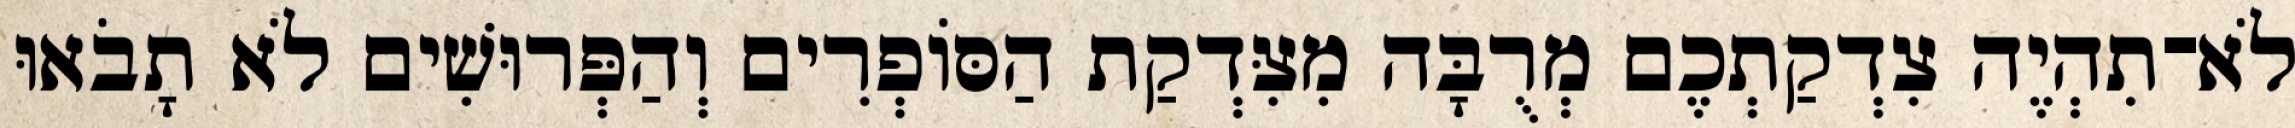
לֹא־תִהְיֶה צִדְקַתְכֶם מְרֻבָּה מִצִּדְקַת הַסּוֹפְרִים וְהַפְּרוּשִׁים לֹא תָבֹאוּ